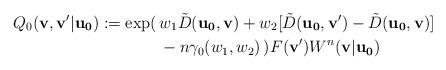
LaTeX: \begin{align*}Q_0(\mathbf{v,v'|u_0}) := \exp(\, & w_1 \tilde{D}(\mathbf{u_0,v}) + w_2 [\tilde{D}(\mathbf{u_0,v'}) - \tilde{D}(\mathbf{u_0,v})] \\&- n \gamma_0(w_1,w_2) \, ) F(\mathbf{v'}) W^n(\mathbf{v|u_0}) \end{align*}